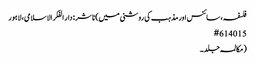
فلسفہ، سائنس اور مذہب کی روشنی میں) ناشر : دار الفکر الاسلامی، لاہور
15 #6140
(مکالمہ جلد۔